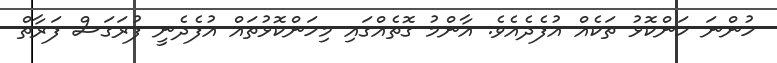
ހުންނަ ހަންކޮޅު ތަކެއް އުފެދެއެވެ. އާންމު ގޮތެއްގައި މިހަންކޮޅުތައް އުފެދެނީ ފުރަގަސް ފަރާތް